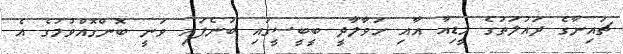
ޗައިނާގެ ދައުލަތުގެ މީޑިއާ އާއި ހަވާލާދީ ބީބީސީގައި ބުނެފައި ވަނީ ބޮންގޮއްވުމުގެ އެ